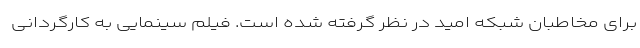
برای مخاطبان شبکه امید در نظر گرفته شده است. فیلم سینمایی به کارگردانی